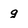
Character: g